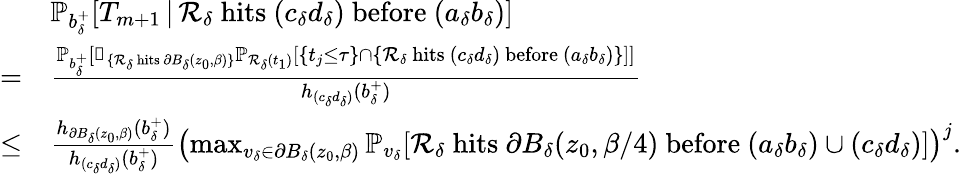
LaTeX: \begin{array}{rl}&{\mathbb{P}_{b_{\delta}^{+}}[T_{m+1}\, |\, \mathcal{R}_{\delta}\mathrm{~hits~}(c_{\delta}d_{\delta})\mathrm{~before~}(a_{\delta}b_{\delta})]}\\ {=}&{\frac{\mathbb{P}_{b_{\delta}^{+}}[\mathbb{1}_{\{ \mathcal{R}_{\delta}\mathrm{~hits~}\partial B_{\delta}(z_{0},\beta)\} }\mathbb{P}_{\mathcal{R}_{\delta}(t_{1})}[\{ t_{j}\le\tau\} \cap\{ \mathcal{R}_{\delta}\mathrm{~hits~}(c_{\delta}d_{\delta})\mathrm{~before~}(a_{\delta}b_{\delta})\} ]]}{h_{(c_{\delta}d_{\delta})}(b_{\delta}^{+})}}\\ {\le}&{\frac{h_{\partial B_{\delta}(z_{0},\beta)}(b_{\delta}^{+})}{h_{(c_{\delta}d_{\delta})}(b_{\delta}^{+})}\left(\operatorname*{max}_{v_{\delta}\in\partial B_{\delta}(z_{0},\beta)}\mathbb{P}_{v_{\delta}}[\mathcal{R}_{\delta}\mathrm{~hits~}\partial B_{\delta}(z_{0},\beta/4)\mathrm{~before~}(a_{\delta}b_{\delta})\cup(c_{\delta}d_{\delta})]\right)^{j}.}\end{array}